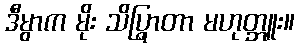
ဒီမွာက မိုး သိပ္ရြာတာ မဟုတ္ဘူး။